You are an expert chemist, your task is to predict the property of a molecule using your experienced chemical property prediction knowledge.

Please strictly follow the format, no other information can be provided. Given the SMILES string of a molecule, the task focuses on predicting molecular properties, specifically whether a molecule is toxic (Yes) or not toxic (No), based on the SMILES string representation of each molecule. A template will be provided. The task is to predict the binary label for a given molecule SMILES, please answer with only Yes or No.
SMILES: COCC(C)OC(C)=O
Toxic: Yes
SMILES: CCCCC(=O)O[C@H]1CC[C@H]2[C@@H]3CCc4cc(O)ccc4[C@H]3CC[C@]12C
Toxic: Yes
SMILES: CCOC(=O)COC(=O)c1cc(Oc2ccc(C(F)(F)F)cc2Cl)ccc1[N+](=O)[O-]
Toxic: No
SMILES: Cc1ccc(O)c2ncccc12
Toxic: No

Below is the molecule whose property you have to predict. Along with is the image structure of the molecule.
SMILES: Cc1cccnc1
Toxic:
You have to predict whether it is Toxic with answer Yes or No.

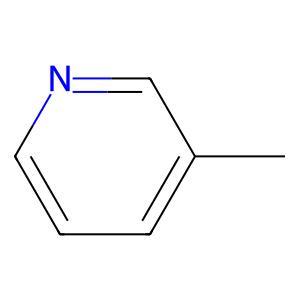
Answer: No